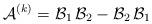
LaTeX: \begin{align*}{\mathcal A}^{(k)}={\mathcal B}_1\,{\mathcal B}_2-{\mathcal B}_2\,{\mathcal B}_1\end{align*}